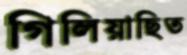
গিলিয়াছিত